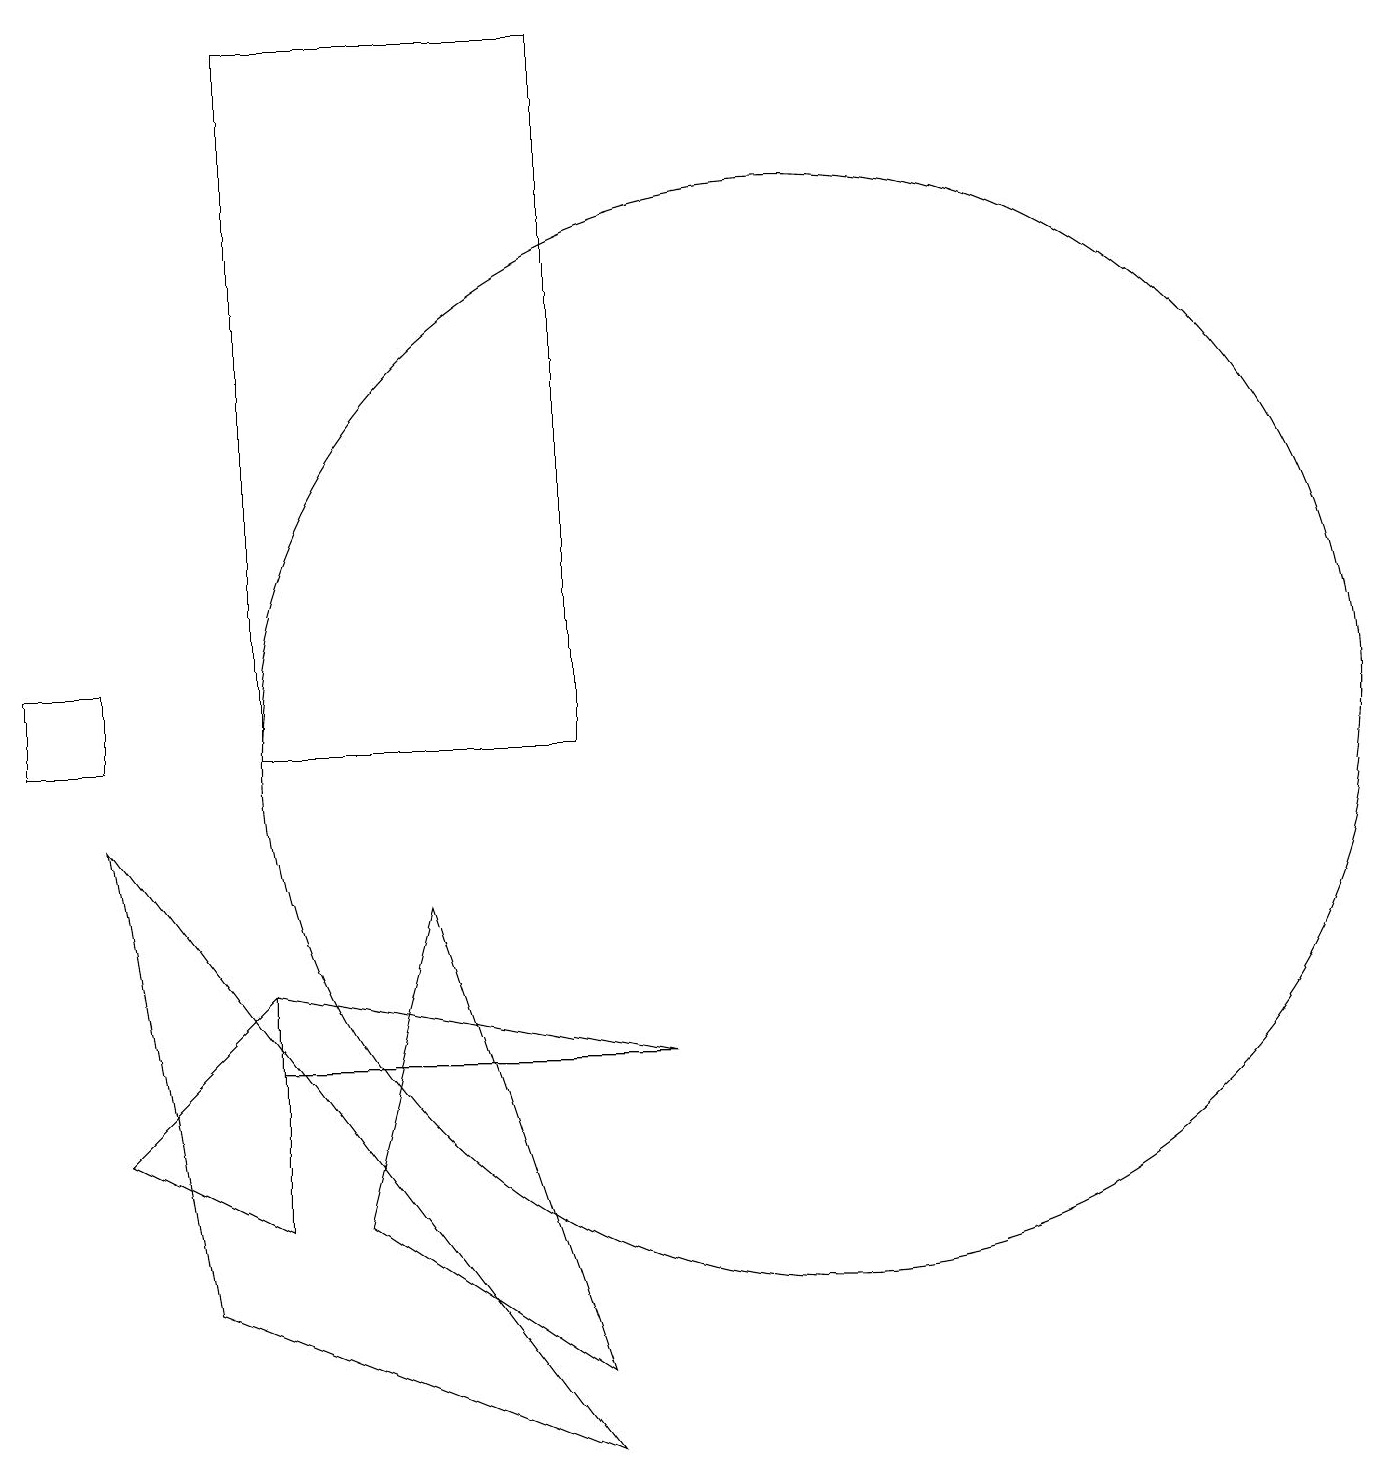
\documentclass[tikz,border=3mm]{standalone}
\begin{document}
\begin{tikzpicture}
\draw (5,8) -- (7,2) -- (4,4) -- cycle;
\draw (1,5) -- (3,4) -- (3,7) -- cycle;
\draw (1,11) rectangle (0,10);
\draw (7,1) -- (2,3) -- (1,9) -- cycle;
\draw (8,6) -- (3,7) -- (3,6) -- cycle;
\draw (10,10) circle (7);
\draw (7,19) rectangle (3,10);
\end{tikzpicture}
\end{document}